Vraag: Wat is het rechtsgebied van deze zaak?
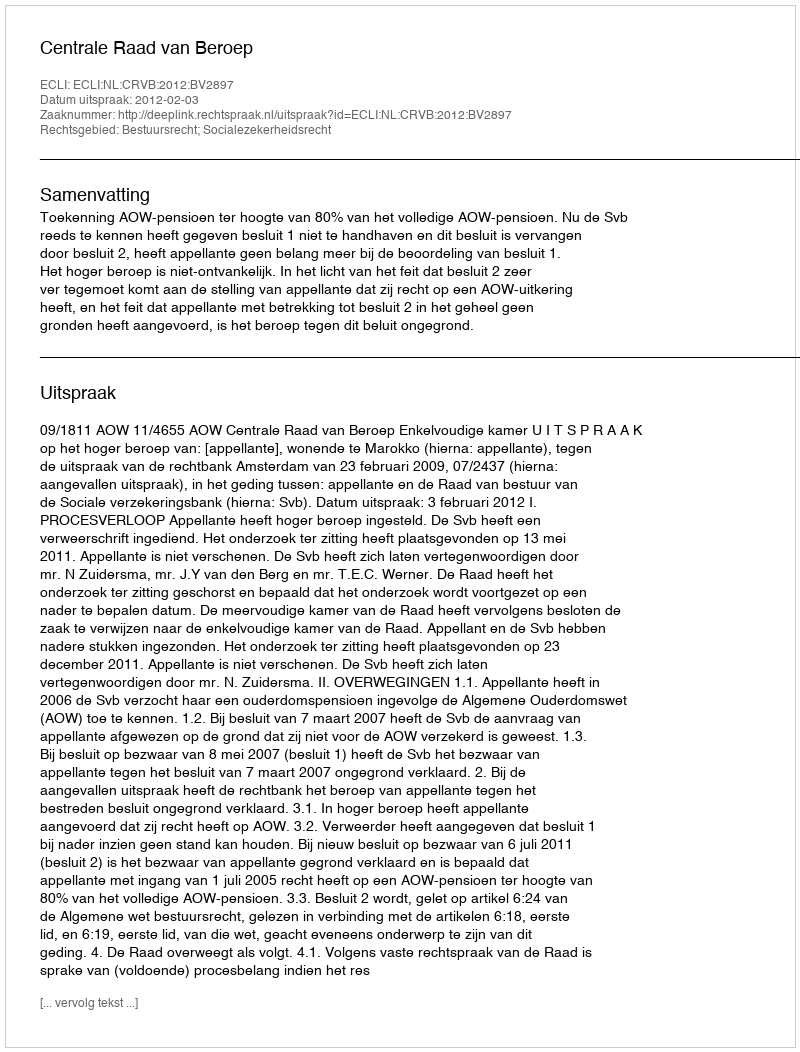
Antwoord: Bestuursrecht; Socialezekerheidsrecht